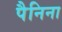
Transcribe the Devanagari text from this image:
पैनिना